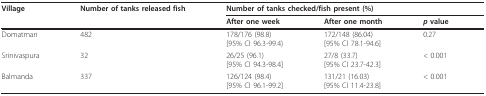
<table><thead><tr><td><b>Village</b></td><td><b>Number of tanks released fish</b></td><td colspan="3"><b>Number of tanks checked/fish present (%)</b></td></tr><tr><td></td><td></td><td><b>After one week</b></td><td><b>After one month</b></td><td><b><i>p </i>value</b></td></tr></thead><tbody><tr><td>Domatmari</td><td>482</td><td>178/176 (98.8)[95% CI 96.3-99.4)</td><td>172/148 (86.04)[95% CI 78.1-94.6]</td><td>0.27</td></tr><tr><td>Srinivaspura</td><td>32</td><td>26/25 (96.1)[95% CI 94.3-98.4]</td><td>27/8 (33.7)[95% CI 23.7-42.3]</td><td>&lt; 0.001</td></tr><tr><td>Balmanda</td><td>337</td><td>126/124 (98.4)[95% CI 96.1-99.2]</td><td>131/21 (16.03)[95% CI 11.4-23.8]</td><td>&lt; 0.001</td></tr></tbody></table>